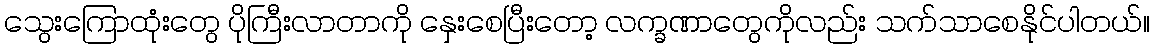
သွေးကြောထုံးတွေ ပိုကြီးလာတာကို နှေးစေပြီးတော့ လက္ခဏာတွေကိုလည်း သက်သာစေနိုင်ပါတယ်။